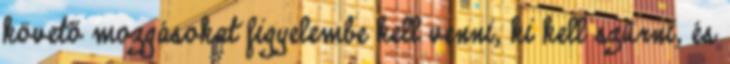
követő mozgásokat figyelembe kell venni, ki kell szűrni, és